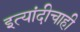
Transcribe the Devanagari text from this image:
इत्यांदीचाही